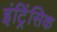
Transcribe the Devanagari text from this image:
इंट्रिंसिक